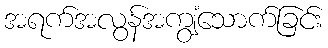
အရက်အလွန်အကျွံသောက်ခြင်း